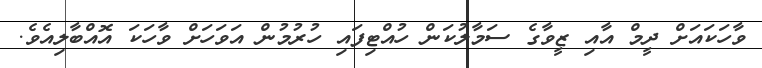
ވާހަކައަށް ދީމް އާއި ޒީވާގެ ސަމާލުކަން ހުއްޓިފައި ހުރުމުން އަވަހަށް ވާހަކަ އޮއްބާލިއެވެ.